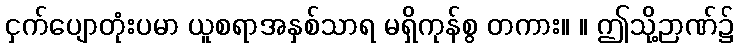
ငှက်ပျောတုံးပမာ ယူစရာအနှစ်သာရ မရှိကုန်စွ တကား။ ။ ဤသို့ဉာဏ်၌